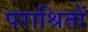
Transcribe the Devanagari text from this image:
पराश्रितों